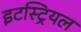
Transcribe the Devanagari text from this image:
इटस्ट्रियल